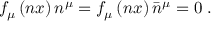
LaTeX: f _ { \mu } \left( n x \right) n ^ { \mu } = f _ { \mu } \left( n x \right) \bar { n } ^ { \mu } = 0 \; .